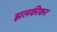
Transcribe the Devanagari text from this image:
झलकीकर